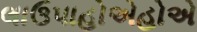
લાઉપાહોએહોએ